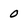
Character: 0